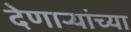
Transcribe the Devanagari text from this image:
देणाऱ्यांच्या